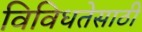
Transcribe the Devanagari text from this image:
विविधतेसाठी